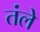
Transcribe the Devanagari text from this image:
तंले